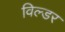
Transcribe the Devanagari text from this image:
विल्डर